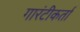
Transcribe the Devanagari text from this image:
गारंटीकर्ता